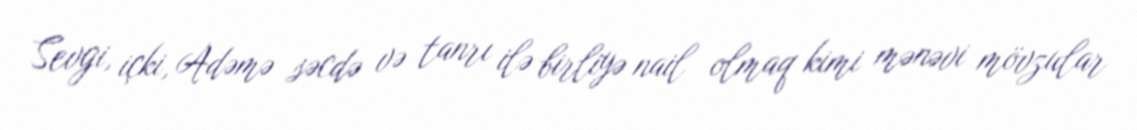
Sevgi, içki, Adəmə səcdə və tanrı ilə birliyə nail olmaq kimi mənəvi mövzular